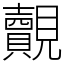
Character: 覿